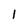
Character: l